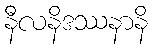
နီလနိဒဿနာနိ